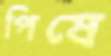
পিষে